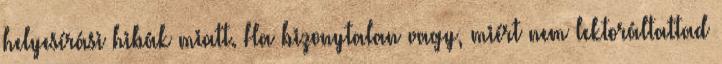
helyesírási hibák miatt. Ha bizonytalan vagy, miért nem lektoráltattad